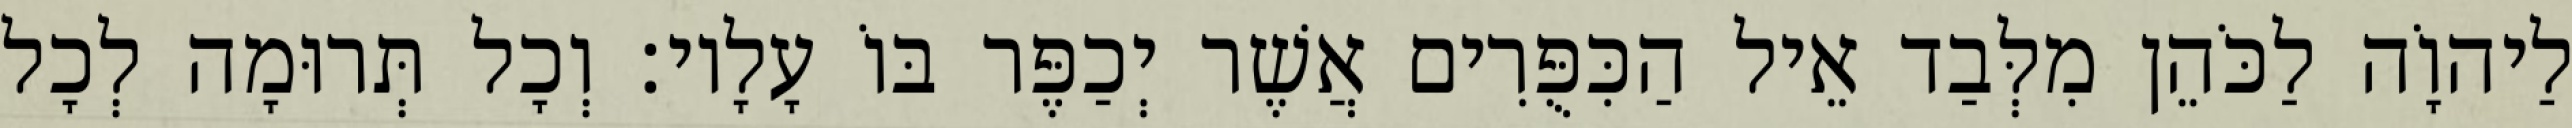
לַיהוָֹה לַכֹּהֵן מִלְּבַד אֵיל הַכִּפֻּרִים אֲשֶׁר יְכַפֶּר בּוֹ עָלָיו׃ וְכָל תְּרוּמָה לְכָל